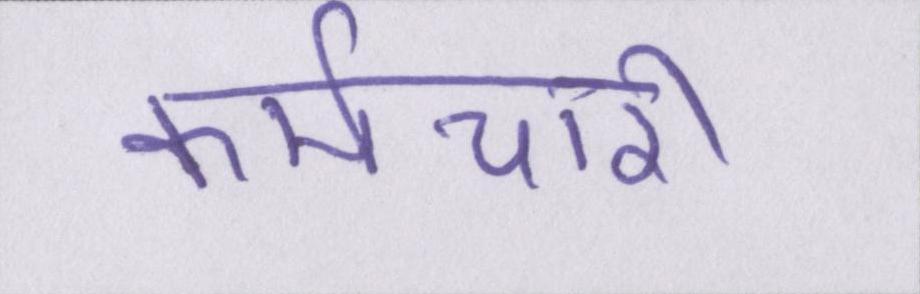
कर्मचारी